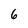
Character: 6